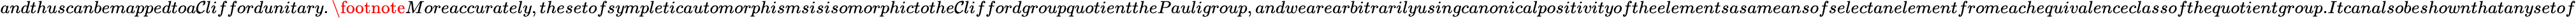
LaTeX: andthuscanbemappedtoa\mathcal{C}liffordunitary.\footnote{}{{Moreaccurately,thesetofsympleticautomorphismsisisomorphictothe\mathcal{C}liffordgroupquotientthePauligroup,andwearearbitrarilyusingcanonicalpositivityoftheelementsasameansofselectanelementfromeachequivalenceclassofthequotientgroup.}}Itcanalsobeshownthatanysetof